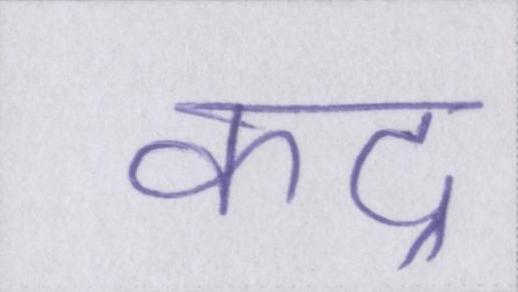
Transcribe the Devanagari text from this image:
कद्र